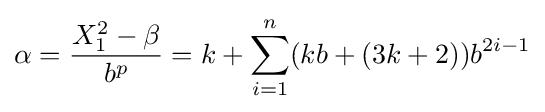
\alpha ={\frac {X_{1}^{2}-\beta }{b^{p}}}=k+\sum _{i=1}^{n}(kb+(3k+2))b^{2i-1}